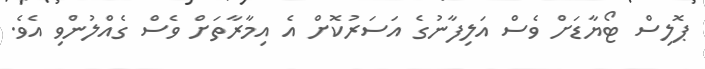
ޕޮލިސް ޓޯޔާޑަށް ވެސް އަލިފާނުގެ އަސަރުކޮށް އެ އިމާރާތަށް ވެސް ގެއްލުންވި އެވެ.